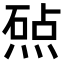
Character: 𬊲